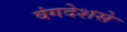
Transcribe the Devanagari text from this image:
वंगदेशसे